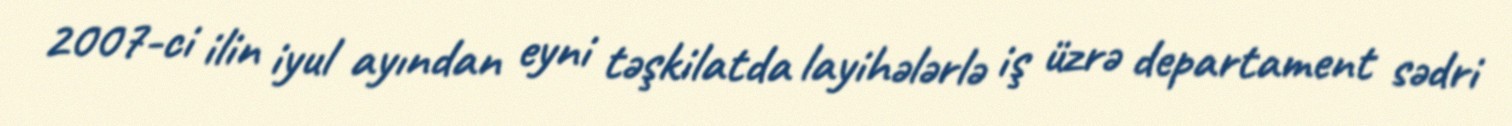
2007-ci ilin iyul ayından eyni təşkilatda layihələrlə iş üzrə departament sədri